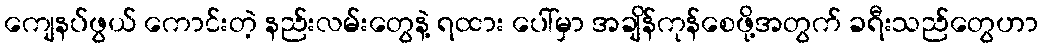
ကျေနပ်ဖွယ် ကောင်းတဲ့ နည်းလမ်းတွေနဲ့ ရထား ပေါ်မှာ အချိန်ကုန်စေဖို့အတွက် ခရီးသည်တွေဟာ